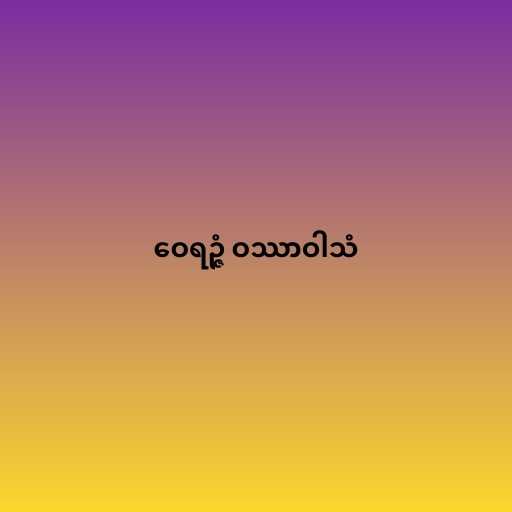
ဝေရဉ္ဇံ ဝဿာဝါသံ